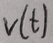
Text: V(t)